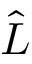
\hat { L }